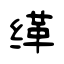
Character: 缂